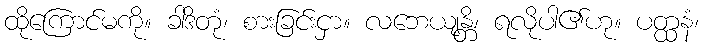
ထိုကြောင်မကို။ ခါဒိတုံ၊ စားခြင်းငှာ။ လဘေယျန္တိ၊ ရလိုပါ၏ဟု။ ပတ္ထနံ၊